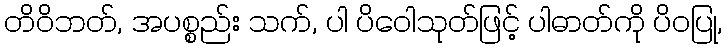
တိဝိဘတ်, အပစ္စည်း သက်, ပါ ပိဝေါသုတ်ဖြင့် ပါဓာတ်ကို ပိဝပြု,